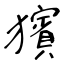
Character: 獱